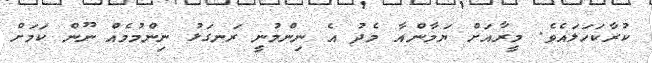
ކުރާކަހަލައެވެ. މީރާއަށް ޔަމާންއާ މެދު އެ ނިންމުނީ ރަނގަޅު ނިންމުމެއް ނޫން ކަމަށް